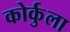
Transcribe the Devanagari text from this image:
कोर्कुला